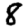
Digit: 8